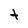
Character: t